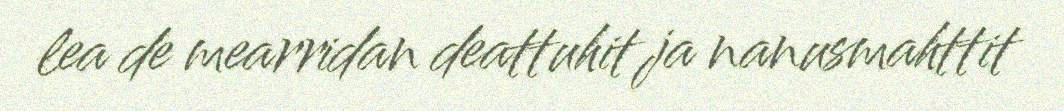
lea de mearridan deattuhit ja nanusmahttit